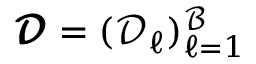
\pmb { \mathcal { D } } = ( \mathcal { D } _ { \ell } ) _ { \ell = 1 } ^ { \mathcal { B } }